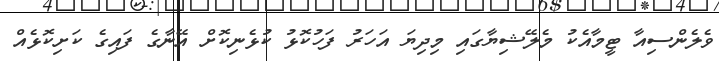
ވެލެންސިއާ ޓީމާއެކު މެލޭޝިޔާގައި މިދިޔަ އަހަރު ފަހުކޮޅު ކުޅެނިކޮށް އޭނާގެ ފައިގެ ކަށިކޮޅެއް